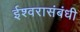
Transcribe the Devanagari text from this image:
ईश्वरासंबंधी